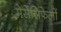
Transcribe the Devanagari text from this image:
मेसेंसिफेलों